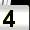
Digit: 4